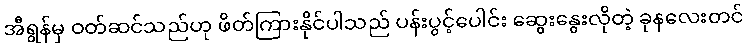
အီရွန်မှ ဝတ်ဆင်သည်ဟု ဖိတ်ကြားနိုင်ပါသည် ပန်းပွင့်ပေါင်း ဆွေးနွေးလိုတဲ့ ခုနလေးတင်